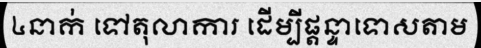
៤នាក់ ទៅតុលាការ ដើម្បីផ្តន្ទាទោសតាម